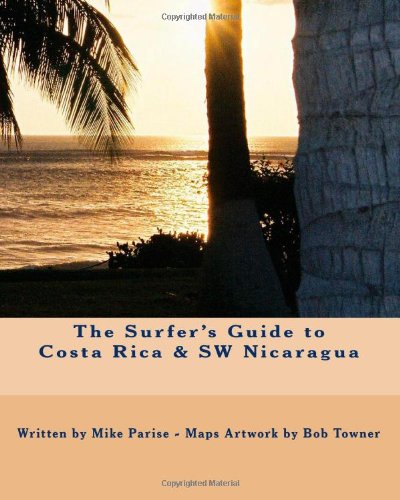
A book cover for The Surfer's Guide to Costa Rica & SW Nicaragua; Mike Parise; Travel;